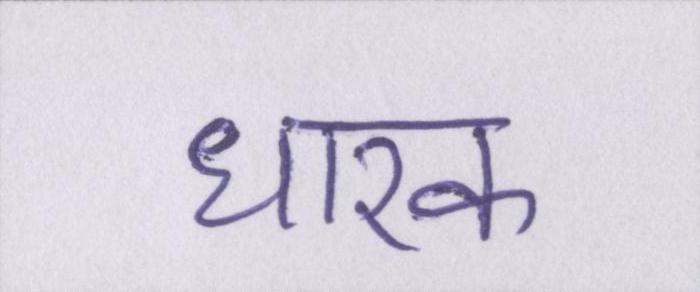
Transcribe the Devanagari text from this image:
धारक